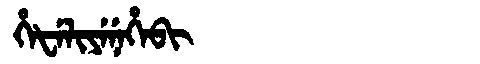
Manchu: ᡥᡝᡶᡝᠯᡳᠶᡝᠨᡝᡥᡝᠪᡳ
Romanization: HEFELIYENEHEBI